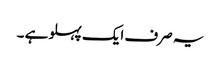
یہ صرف ایک پہلو ہے ۔